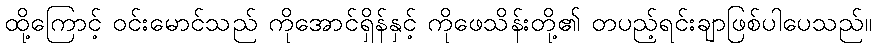
ထို့ကြောင့် ဝင်းမောင်သည် ကိုအောင်ရှိန်နှင့် ကိုဖေသိန်းတို့၏ တပည့်ရင်းချာဖြစ်ပါပေသည်။